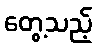
တွေ့သည့်